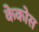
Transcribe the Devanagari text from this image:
केकोस